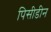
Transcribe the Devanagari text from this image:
पिसीडीन